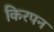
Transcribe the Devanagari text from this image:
किरपन